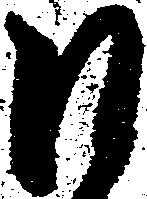
日